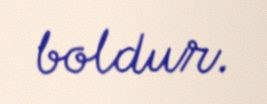
boldur.